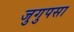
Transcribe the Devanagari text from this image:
जुगुपसा